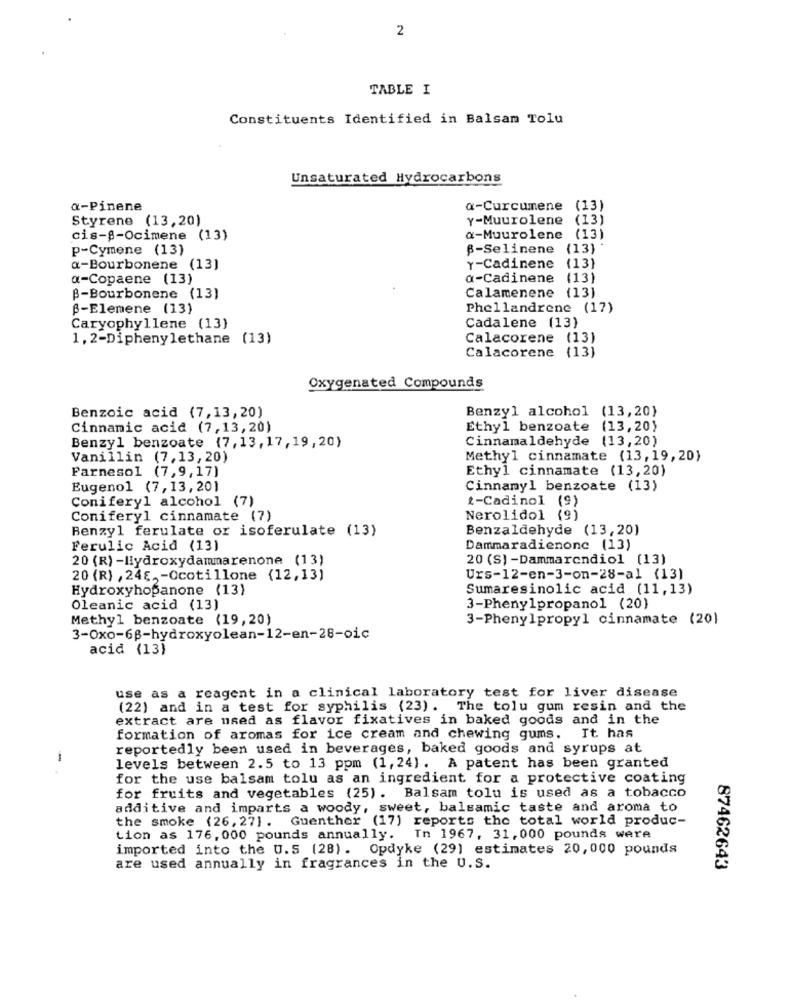
2
TABLE I
Constituents Identified in Balsam Tolu
Unsaturated Hydrocarbons
a-Pinene
a-Curcumene (13)
Styrene (13,20)
Y-Muurolene
(13)
cis-@-Ocimene (13)
a-Muurolene
(13)
p-Cymene (13)
ß-Selinene
(13)
(13)
a-Bourbonene (13)
Y-Cadinene
a-Copaene (13)
a-Cadinene
(13)
Calamenene (13)
B-Bourbonene (13)
B-Elemene (13)
Phellandrene (17)
Caryophyllene (13)
Cadalene (13)
1, 2-Diphenylethane (13)
Calacorene (13)
Calacorene (13)
Oxygenated Compounds
Benzyl alcohol (13,20)
Benzoic acid (7,13,20)
Cinnamic acid (7,13,20)
Ethyl benzoate (13,20)
Cinnamaldehyde (13,20)
Benzyl benzoate (7,13,17,19,20)
Vanillin (7,13,20)
Methyl cinnamate (13,19,20)
Parnesol (7,9,17)
Ethyl cinnamate (13,20)
Eugenol (7,13,20)
Cinnamyl benzoate (13)
Coniferyl alcohol (7)
*- Cadinol (9)
Coniferyl cinnamate (7)
Nerolidol (9)
Benzyl ferulate or isoferulate (13)
Benzaldehyde (13,20)
Ferulic Acid (13)
Dammaradienone (13)
20 (R) -Hydroxydammarenone (13)
20 (S) -Dammarendiol (13)
20 (R) , 24g, - Ocotillone (12,13)
Urs-12-en-3-on-28-al (13)
Hydroxyhopanone (13)
Sumaresinolic acid (11,13)
Oleanic acid (13)
3-Phenylpropanol (20)
Methyl benzoate (19,20)
3-Phenylpropyl cinnamate (20)
3-Oxo-6ß-hydroxyolean-12-en-28-oic
acid (13)
use as a reagent in a clinical laboratory test for liver disease
(22) and in a test for syphilis (23) . The tolu gum resin and the
extract are used as flavor fixatives in baked goods and in the
formation of aromas for ice cream and chewing gums. It. has
reportedly been used in beverages, baked goods and syrups at
-
levels between 2.5 to 13 ppm (1,24). A patent has been granted
for the use balsam tolu as an ingredient for a protective coating
for fruits and vegetables (25). Balsam tolu is used as a tobacco
additive and imparts a woody, sweet, balsamic taste and aroma to
the smoke (26, 27]. Guenther (17) reports the total world produc-
tion as 176, 000 pounds annually. In 1967, 31, 000 pounds were
imported into the U.S (28). Opdyke (29) estimates 20,000 pounds
are used annually in fragrances in the U.S.
87462643